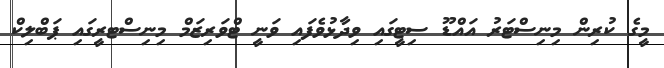
މީގެ ކުރިން މިނިސްޓަރު އައްޑޫ ސިޓީގައި ވިދާޅުވެފައި ވަނީ ޓްވަރިޒަމް މިނިސްޓރީގައި ޕަބްލިކް